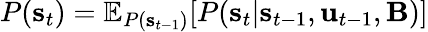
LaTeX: P(\mathbf{s}_{t})=\mathbb{E}_{P(\mathbf{s}_{t-1})}[P(\mathbf{s}_{t}|\mathbf{s}_{t-1},\mathbf{u}_{t-1},\mathbf{B})]